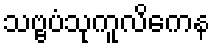
သဗ္ဗပံသုကူလိကေန